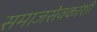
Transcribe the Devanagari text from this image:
समाजसेवकांशी